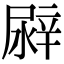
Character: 𨐛